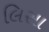
લિસા